Sketch of the medical history of the native army of Bombay, for the year
Year: 1875
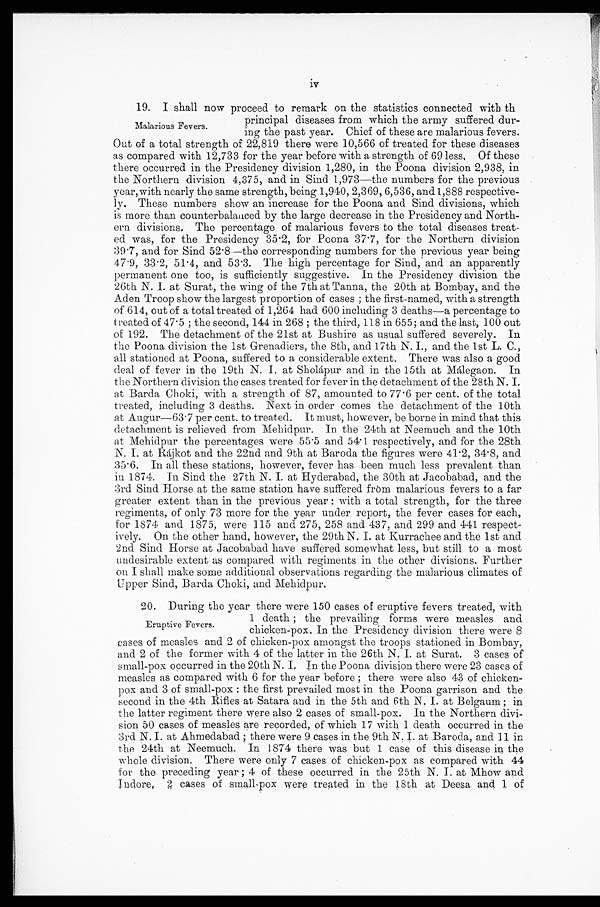
iv
19. I shall now proceed to remark on the statistics connected with th
principal diseases from which the army suffered dur
-ing the past year. Chief of these are malarious fevers.
Out of a total strength of 22,819 there were 10,566 of treated for these diseases
as compared with 12,733 for the year before with a strength of 69 les., Of these
there occurred in the Presidency division 1,280, in the Poona division 2,938, in
the Northern division 4,375, and in Sind 1,973—the numbers for the previous
year, with nearly the same strength, being 1,940, 2,369, 6,536, and 1,888 respective-
ly. These numbers show an increase for the Poona and Sind divisions, which
is more than counterbalanced by the large decrease in the Presidency and North-
ern divisions, The percentage of malarious fevers to the total diseases treat-
ed was, for the Presidency 35.2, for Poona 37.7, for the Northern division
39.7, and for Sind 52.8—the corresponding numbers for the previous year being
47.9, 33.2, 51.4, and 53.3. The high percentage for Sind, and an apparently
permanent one too, is sufficiently suggestive. In the Presidency division the
26th N. I. at Surat, the wing of the 7th at Tanna, the 20th at Bombay, and the
Aden Troop show the largest proportion of cases; the first-named, with a strength
of 614, out of a total treated of 1,264 had 600 including 3 deaths—a percentage to
treated of 47.5; the second, 144 in 268; the third, 118 in 655; and the last, 100 out
of 192. The detachment of the 21st at Bushire as usual suffered severely. In
the Poona division the 1st Grenadiers, the 8th, and 17th N. I., and the 1st L. C.,
all stationed at Poona, suffered to a considerable extent. There was also a good
deal of fever in the 19th N. I, at Shohipur and in the 15th at Málegaon. In
the Northern division the cases treated for fever in the detachment of the 28th N. I
at Barda Choki, with a strength of 87, amounted to 77.6 per cent. of the total
treated, including 3 deaths. Next in order comes the detachment of the 10th
at Augur—63.7 per cent. to treated. It must, however, be borne in mind that this
detachment is relieved from Mehidpur. In the 24th at Neemuch and the 10th
at Mehidpur the percentages were 55.5 and 54.1 respectively, and for the 28th
N. I. at Rájkot and the 22nd and 9th at Baroda the figures were 41.2, 34.8, and
35.6. In all these stations, however, fever has been much less prevalent than
in 1874. In Sind the 27th N. I. at Hyderabad, the 30th at Jacobabad, and the
3rd Sind Horse at the same station have suffered from malarious fevers to a far
greater extent than in the previous year: with a total strength, for the three
regiments, of only 73 more for the year under report, the fever cases for each,
for 1874 and 1875, were 115 and 275, 258 and 437, and 299 and 441 respect-
ively. On the other hand, however, the 29th N. I. at Kurrachee and the 1st and
2nd Sind Horse at Jacobabad have suffered somewhat less, but still to a most
undesirable extent as compared with regiments in the other divisions. Further
on I shall make some additional observations regarding the malarious climates of
Upper Sind, Barda Choki, and Mehidpur.
20. During the year there were 150 cases of eruptive fevers treated,with
1 death ; the prevailing forms were measles and
chicken-pox. In the Presidency division there were 8
cases of measles and 2 of chicken-pox amongst the troops stationed in Bombay,
and 2 of the former with 4 of the latter in the 26th N. I. at Surat. 3 cases of
small-pox occurred in the 20th N. I. In the Poona division there were 23 cases of
measles as compared with 6 for the year before; there were also 43 of chicken-
pox and 3 of small-pox: the first prevailed most in the Poona garrison and the
second in the 4th Rifles at Satara and in the 5th and 6th N. I. at Belgaum; in
the latter regiment there were also 2 cases of small-pox. In the Northern divi
-
sion 50 cases of measles are recorded, of which 17 with 1 death occurred in the
3rd N. I. at Ahmedabad; there were 9 cases in the 9th N. I. at Baroda, and 11 in
the 24th at Neemuch. In 1874 there was but 1 case of this disease in the
whole division. There were only 7 cases of chicken-pox as compared with 44
for the preceding year; 4 of these occurred in the 25th N. I. at Mhow and
Indore, 2 cases of small-pox were treated in the 18th at Deesa and 1 of
Malarious Fevers.
Eruptive Fevers.